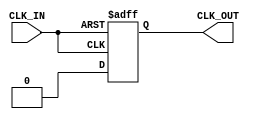
module BasicClockBuffer (
    input wire CLK_IN,   // Clock input
    output reg CLK_OUT   // Clock output
);

    // Parameters for timing characteristics
    parameter PROP_DELAY = 1; // Propagation delay in time units (can be adjusted)
    
    // Hysteresis parameters (optional)
    parameter HYSTERESIS = 1; // Hysteresis threshold (can be adjusted)

    // Internal signal to hold the buffered clock
    reg buffered_clk;

    // Always block to model the clock buffering
    always @(posedge CLK_IN or negedge CLK_IN) begin
        // Add hysteresis logic if needed
        if (CLK_IN) begin
            #PROP_DELAY buffered_clk = 1'b1; // Propagate high signal
        end else begin
            #PROP_DELAY buffered_clk = 1'b0; // Propagate low signal
        end
    end

    // Assign the buffered clock to the output
    always @(buffered_clk) begin
        CLK_OUT <= buffered_clk;
    end

endmodule